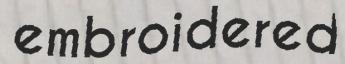
embroidered